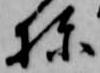
棟